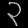
Digit: ၃